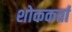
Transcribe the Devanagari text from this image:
शोककर्ता